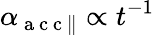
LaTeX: \alpha_{\mathrm{~a~c~c~}\parallel}\propto t^{-1}